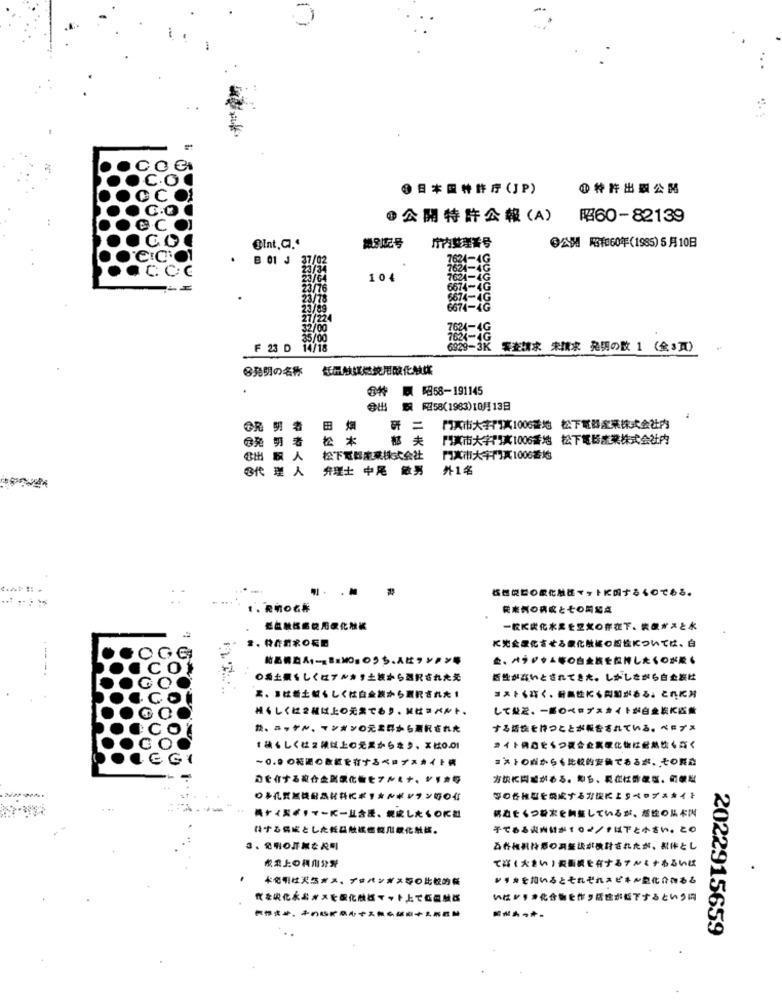
1日本国特許庁(JP)
小特許出版公開
公開特許公報(A) 昭60-82139
幾分記号
庁内整理番号
@Int. G.“
@公開 昭和60年(1985)5月10日
B 01 J 37/02
7624-4G
7624-4G
104
7624-4G
23/76
6674-4G
23/78
6674-4G
23/89
6674-4G
27/224
35/00
32/00
7624-4G
F 23 D 14/18
6929-3K 零查詢求 索請求 発明の数 1 (全3页)
※発明の名称
低温触媒燃焼用酸化触媒
金特 顧 昭58-191145
田烟
会出 飘 昭58(1983)10月13日
TR 明 者
研 二
門真市大字門乳1006番地 松下電器産業株式会社内
@発 明 者
松 本
哲 夫
門真市大字門真1006番地 松下電器産業株式会社内
&出 飘人
松下電器産業株式会社
門真市大字門真1006番地
®代 理 人
弁理士 中尾 欲男
外1名
hat# +
&燃焼製の歌化妝ぼくッ トに関するくのである。
、 発明の名称
税を例の病成とその岡紹点
绿血教母當使用绿化炭素
一枚に炭化水黒出空気の存在下、お顔育スとポ
☎. ROROCD
に先企業化させる象化触経○紹位については、白
結晶傳真ムーミBaMOs のうち、人はワンテン等
ム、ハウジャム等の白金族をねましたくのが置い
◎魚土黒くしくはアシキタ土族から選択されたそ
活動が高いとされてきた。しかしながら白企業社
ま、こは動土続くしくは白金族から選択された1
コストくなく、耐熱性にく問題がある。これに対
してねど、一部のペロプスカイトが白金どに転載
焼·シーヤド、マンガンの元素界から選択された
する活性を持つことが報告されている。ベロブス
↑おもしくは2歳以上の元黒からまり、エは00I
※イトのらそいつ家合企業電化物は耐熱なくぶく
~0.0の範囲の数値を有するベロプスカイト病
コメトの点からも比較的安価であるが、その製さ
おを介する資合金属学化物セアルミナ、シリカ等
オぬに同感がある。即ち、これは酢酸塩、の學社
等の各種型を構成するガタによリベロプスキイキ
続きをくつ粉末を調整しているが、指丝の品本因
員ケイ開ポリマーにーム含ほ、親成したくのに社
ねずる協成としたぞ晶触継機轉門蒙化熱器。
子であるみずほがますま/きばアと小さい。この
みれをお持ちのみをぬが検計されたが、オルとし
歡柔上の利用分警
てさく大きい)載面積を有するアジミナあるいは
本命明は天然ガス、プロパンガス等の比較的餐
シャカモ知いるとそれぞれスビキー型化合物ある
武をぬ化よよォスを配化融ば▼ット上で低の触器
いな♥♥♥化合物を作り活性が低下するというに
2022915659